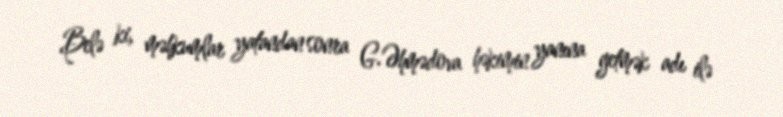
Belə ki, məhkumlar yatandan sonra G.Əhmədova həkimin yanına getmək adı ilə